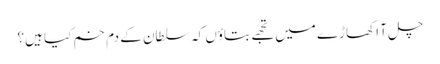
چل آ اکھاڑے میں تجھے بتاؤں کہ سلطان کے دم خم کیا ہیں؟